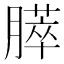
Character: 膵